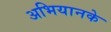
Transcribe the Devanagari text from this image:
अभियानके